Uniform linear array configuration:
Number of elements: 32
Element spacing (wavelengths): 0.5
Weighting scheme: kaiser
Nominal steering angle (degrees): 45
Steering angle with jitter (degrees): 43.305
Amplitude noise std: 0.05
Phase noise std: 0.05

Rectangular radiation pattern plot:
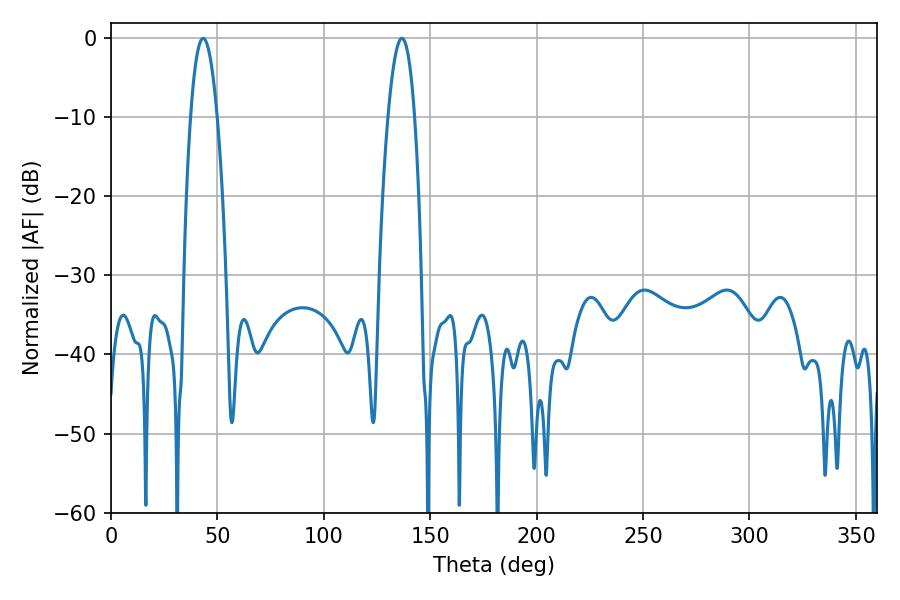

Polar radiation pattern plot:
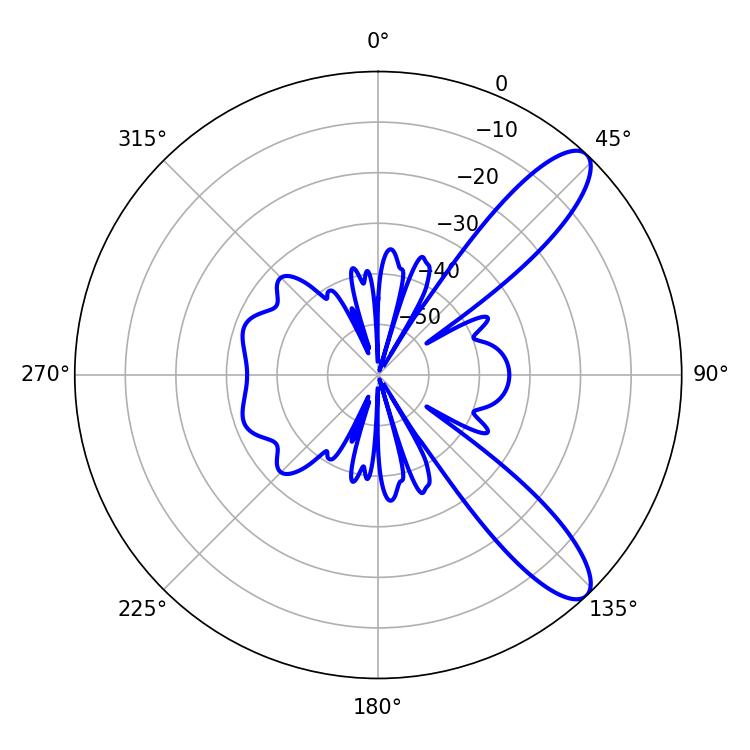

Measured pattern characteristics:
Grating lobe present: FALSE
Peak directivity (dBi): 10.506
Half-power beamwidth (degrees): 6.84
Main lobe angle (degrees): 43.38